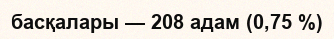
басқалары — 208 адам (0,75 %)